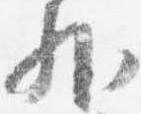
外